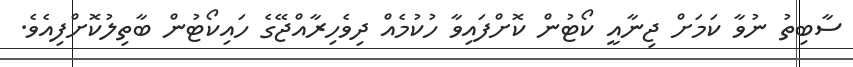
ސާބިތު ނުވާ ކަމަށް ޖިނާއީ ކޯޓުން ކޮށްފައިވާ ހުކުމެއް ދިވެހިރާއްޖޭގެ ހައިކޯޓުން ބާތިލުކޮށްފިއެވެ.